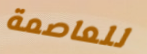
للعاصمة